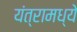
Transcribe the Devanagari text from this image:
यंत्रामध्ये